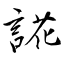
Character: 誮